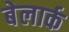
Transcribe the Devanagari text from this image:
बेलार्क